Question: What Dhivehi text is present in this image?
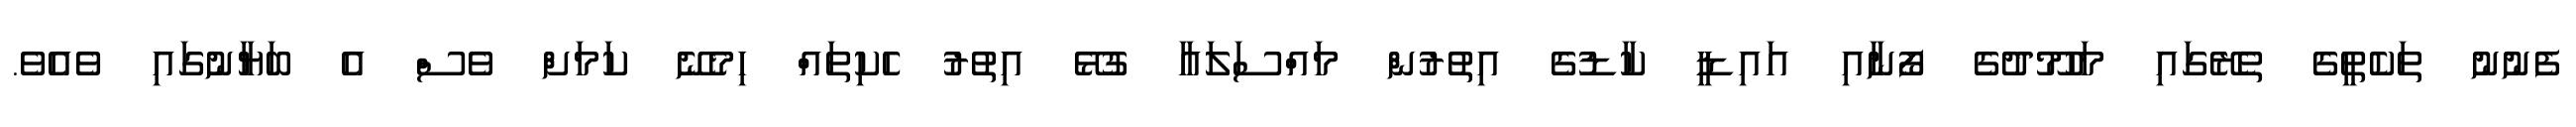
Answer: ފެނުނު ތަކެތީގެ ތެރޭގައި މަހުމޫދުގެ ފޯނާއި އައިޑީ ކާޑުގެ އިތުރުން މައްސަލައާ ގުޅޭ އިތުރު ހެކިތައް ހިމެނޭ ކަމަށް ވެސް އެ ބަޔާނުގައި ވެއެވެ.